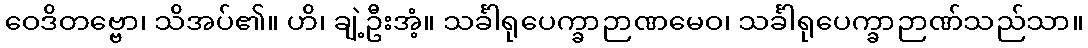
ဝေဒိတဗ္ဗော၊ သိအပ်၏။ ဟိ၊ ချဲ့ဦးအံ့။ သင်္ခါရုပေက္ခာဉာဏမေဝ၊ သင်္ခါရုပေက္ခာဉာဏ်သည်သာ။